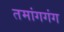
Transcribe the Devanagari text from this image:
तमांगगंग